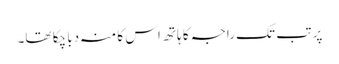
پر تب تک راجہ کا ہاتھ اس کا منہ دبا چکا تھا۔